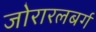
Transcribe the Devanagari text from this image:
जोरारलबर्ग